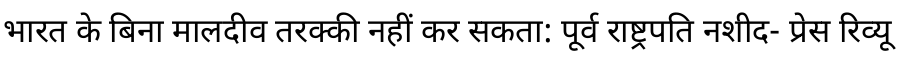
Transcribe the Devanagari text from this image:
भारत के बिना मालदीव तरक्की नहीं कर सकता: पूर्व राष्ट्रपति नशीद- प्रेस रिव्यू